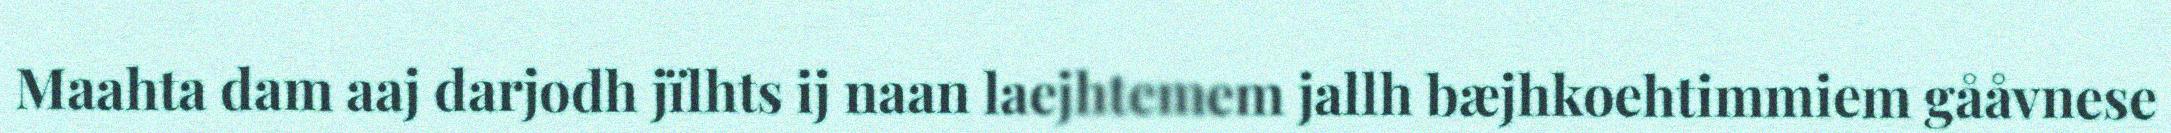
Maahta dam aaj darjodh jïlhts ij naan laejhtemem jallh bæjhkoehtimmiem gååvnese